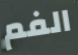
الفم